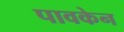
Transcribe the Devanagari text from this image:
पावकेन